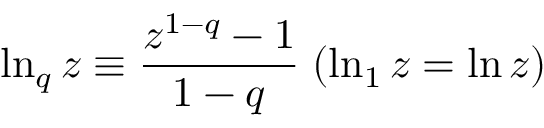
\ln _ { q } z \equiv \frac { z ^ { 1 - q } - 1 } { 1 - q } \; ( \ln _ { 1 } z = \ln z )